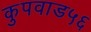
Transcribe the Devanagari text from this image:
कुपवाड५६